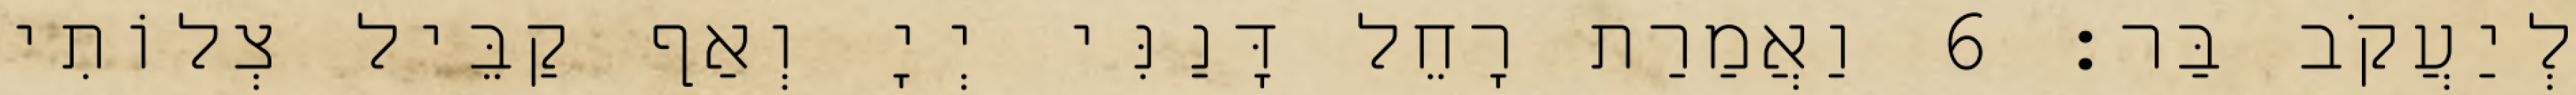
לְיַעֲקֹב בַּר׃ 6 וַאֲמַרַת רָחֵל דָּנַנִּי יְיָ וְאַף קַבֵּיל צְלוֹתִי